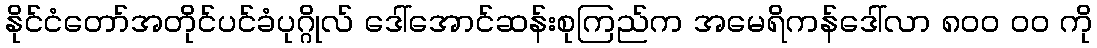
နိုင်ငံတော်အတိုင်ပင်ခံပုဂ္ဂိုလ် ဒေါ်အောင်ဆန်းစုကြည်က အမေရိကန်ဒေါ်လာ ၈၀၀ ၀၀ ကို